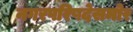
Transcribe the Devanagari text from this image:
नगरपरिषदेसमोर